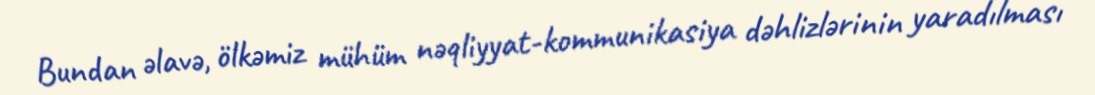
Bundan əlavə, ölkəmiz mühüm nəqliyyat-kommunikasiya dəhlizlərinin yaradılması